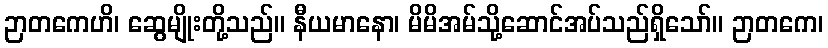
ဉာတကေဟိ၊ ဆွေမျိုးတို့သည်။ နီယမာနော၊ မိမိအမ်သို့ဆောင်အပ်သည်ရှိသော်။ ဉာတကေ၊